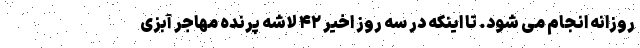
روزانه انجام می شود. تا اینکه در سه روز اخیر ۴۲ لاشه پرنده مهاجر آبزی